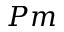
P m